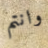
وانتم